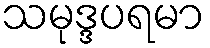
သမုဒ္ဒပရမာ